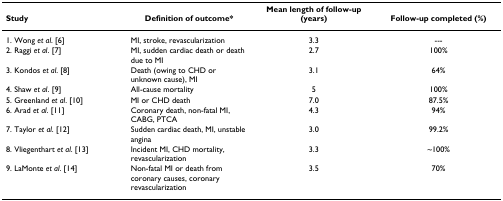
<table><thead><tr><td><b>Study</b></td><td><b>Definition of outcome*</b></td><td><b>Mean length of follow-up (years)</b></td><td><b>Follow-up completed (%)</b></td></tr></thead><tbody><tr><td>1. Wong <i>et al</i>. [6]</td><td>MI, stroke, revascularization</td><td>3.3</td><td>---</td></tr><tr><td>2. Raggi <i>et al</i>. [7]</td><td>MI, sudden cardiac death or death due to MI</td><td>2.7</td><td>100%</td></tr><tr><td>3. Kondos <i>et al</i>. [8]</td><td>Death (owing to CHD or unknown cause), MI</td><td>3.1</td><td>64%</td></tr><tr><td>4. Shaw <i>et al</i>. [9]</td><td>All-cause mortality</td><td>5</td><td>100%</td></tr><tr><td>5. Greenland <i>et al</i>. [10]</td><td>MI or CHD death</td><td>7.0</td><td>87.5%</td></tr><tr><td>6. Arad <i>et al</i>. [11]</td><td>Coronary death, non-fatal MI, CABG, PTCA</td><td>4.3</td><td>94%</td></tr><tr><td>7. Taylor <i>et al</i>. [12]</td><td>Sudden cardiac death, MI, unstable angina</td><td>3.0</td><td>99.2%</td></tr><tr><td>8. Vliegenthart <i>et al</i>. [13]</td><td>Incident MI, CHD mortality, revascularization</td><td>3.3</td><td>~100%</td></tr><tr><td>9. LaMonte <i>et al</i>. [14]</td><td>Non-fatal MI or death from coronary causes, coronary revascularization</td><td>3.5</td><td>70%</td></tr></tbody></table>